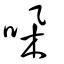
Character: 哚